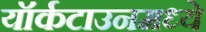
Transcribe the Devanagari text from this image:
यॉर्कटाउनमध्ये